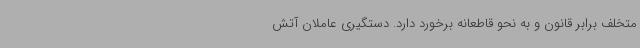
متخلف برابر قانون و به نحو قاطعانه برخورد دارد. دستگیری عاملان آتش